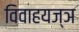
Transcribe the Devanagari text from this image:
विवाहयज्ञ